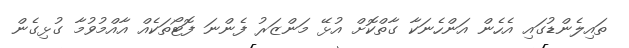
ތައިލެންޑުގައި އެހެން އަންހެނަކާ ގާތްކޮށް އުޅޭ މަންޒަރު ފެންނަ ފޮޓޯތަކެއް އާއްމުވުމާ ގުޅިގެން